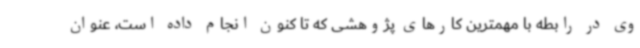
وی در رابطه با مهمترین کارهای پژوهشی که تا کنون انجام داده است، عنوان